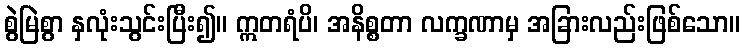
စွဲမြဲစွာ နှလုံးသွင်းပြီး၍။ ဣတရံပိ၊ အနိစ္စတာ လက္ခဏာမှ အခြားလည်းဖြစ်သော။